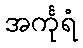
အင်္ကုရံ